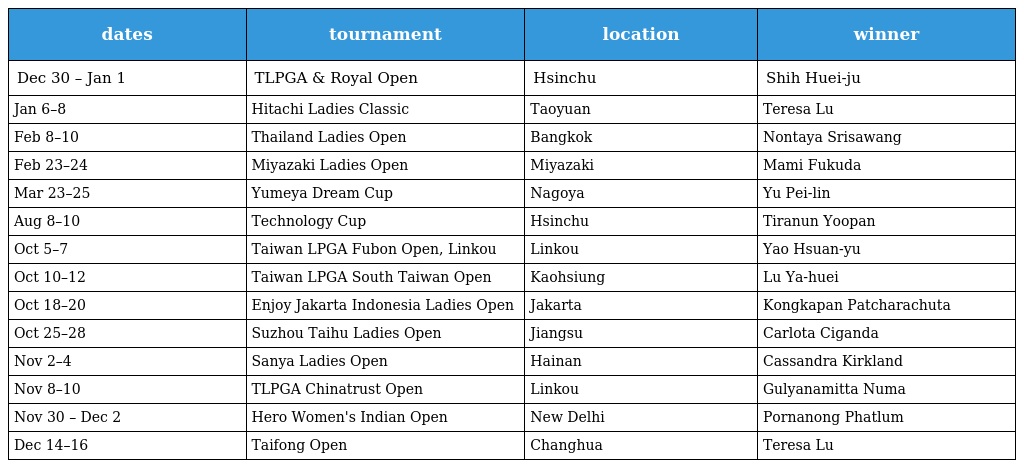
| dates | tournament | location | winner |
 | --- | --- | --- | --- |
 | Dec 30 – Jan 1 | TLPGA & Royal Open | Hsinchu | Shih Huei-ju |
 | Jan 6–8 | Hitachi Ladies Classic | Taoyuan | Teresa Lu |
 | Feb 8–10 | Thailand Ladies Open | Bangkok | Nontaya Srisawang |
 | Feb 23–24 | Miyazaki Ladies Open | Miyazaki | Mami Fukuda |
 | Mar 23–25 | Yumeya Dream Cup | Nagoya | Yu Pei-lin |
 | Aug 8–10 | Technology Cup | Hsinchu | Tiranun Yoopan |
 | Oct 5–7 | Taiwan LPGA Fubon Open, Linkou | Linkou | Yao Hsuan-yu |
 | Oct 10–12 | Taiwan LPGA South Taiwan Open | Kaohsiung | Lu Ya-huei |
 | Oct 18–20 | Enjoy Jakarta Indonesia Ladies Open | Jakarta | Kongkapan Patcharachuta |
 | Oct 25–28 | Suzhou Taihu Ladies Open | Jiangsu | Carlota Ciganda |
 | Nov 2–4 | Sanya Ladies Open | Hainan | Cassandra Kirkland |
 | Nov 8–10 | TLPGA Chinatrust Open | Linkou | Gulyanamitta Numa |
 | Nov 30 – Dec 2 | Hero Women's Indian Open | New Delhi | Pornanong Phatlum |
 | Dec 14–16 | Taifong Open | Changhua | Teresa Lu |